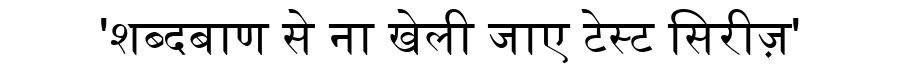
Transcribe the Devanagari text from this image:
'शब्दबाण से ना खेली जाए टेस्ट सिरीज़'